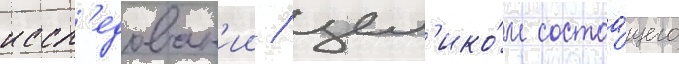
иссл'едован'ии / цел'ико́м состоа́щего